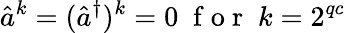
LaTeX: \hat{a}^{k}=(\hat{a}^{\dagger})^{k}=0\; \mathrm{~f~o~r~}\; k=2^{qc}